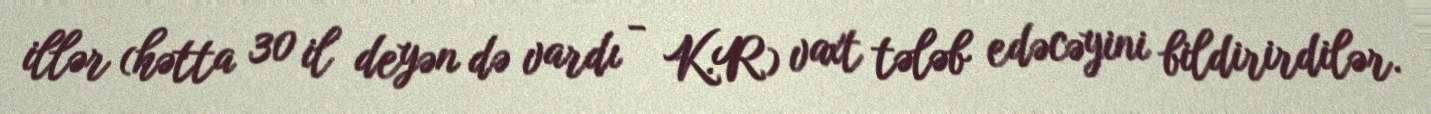
illər (hətta 30 il deyən də vardı - K.R) vaxt tələb edəcəyini bildirirdilər.